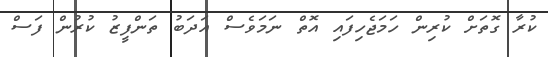
ކުރާ ގޮތަށް ކުރިން ހަމަޖެހިފައި އޮތް ނަމަވެސް އަދަބު ތަންފީޒު ކުރުން ފަސް